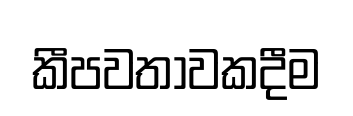
කීපවතාවකදීම